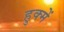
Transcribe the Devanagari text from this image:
हुक्में